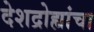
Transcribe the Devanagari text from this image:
देशद्रोह्यांचा